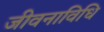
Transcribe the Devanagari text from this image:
जीवनाविधि